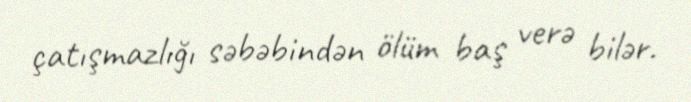
çatışmazlığı səbəbindən ölüm baş verə bilər.